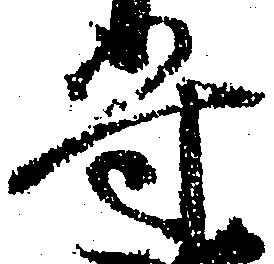
守